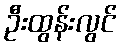
ဦးထွန်းလွင်